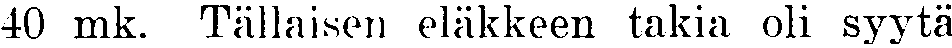
40 mk. Tällaisen eläkkeen takia oli syytä